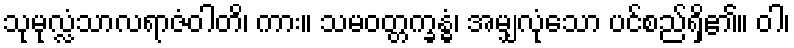
သုမုလ္လံသာလရာဇံဝါတိ၊ ကား။ သမဝတ္တက္ခန္ဓံ၊ အမျှလုံသော ပင်စည်ရှိ၏။ ဝါ၊